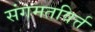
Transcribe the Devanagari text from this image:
संगमतविर्त्त